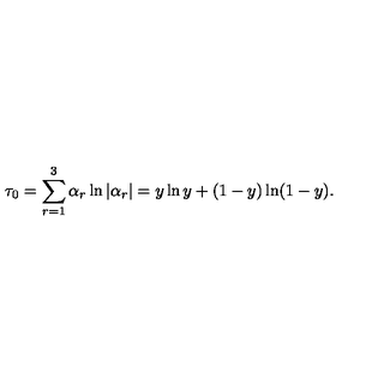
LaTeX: \tau _ { 0 } = \sum _ { r = 1 } ^ { 3 } \alpha _ { r } \ln | \alpha _ { r } | = y \ln y + ( 1 - y ) \ln ( 1 - y ) .